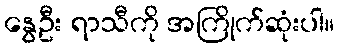
နွေဦး ရာသီကို အကြိုက်ဆုံးပါ။